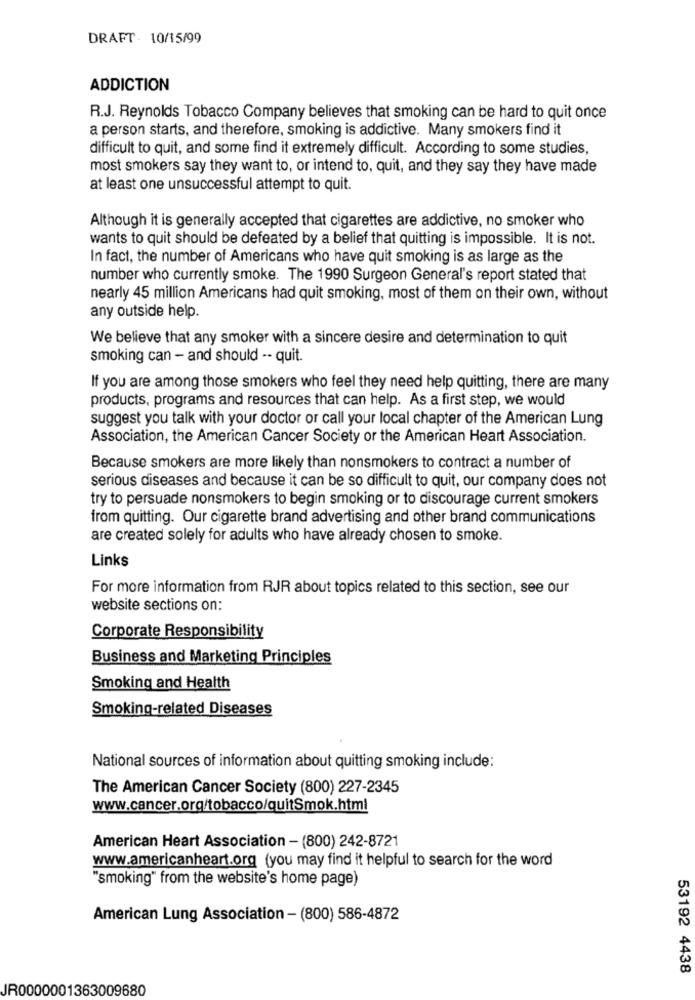
DRAFT- 10/15/99
ADDICTION
R.J. Reynolds Tobacco Company believes that smoking can be hard to quit once
a person starts, and therefore, smoking is addictive. Many smokers find it
difficult to quit, and some find it extremely difficult. According to some studies,
most smokers say they want to, or intend to, quit, and they say they have made
at least one unsuccessful attempt to quit.
Although it is generally accepted that cigarettes are addictive, no smoker who
wants to quit should be defeated by a belief that quitting is impossible. It is not.
In fact, the number of Americans who have quit smoking is as large as the
number who currently smoke. The 1990 Surgeon General's report stated that
nearly 45 million Americans had quit smoking, most of them on their own, without
any outside help.
We believe that any smoker with a sincere desire and determination to quit
smoking can - and should -- quit.
If you are among those smokers who feel they need help quitting, there are many
products, programs and resources that can help. As a first step, we would
suggest you talk with your doctor or call your local chapter of the American Lung
Association, the American Cancer Society or the American Heart Association.
Because smokers are more likely than nonsmokers to contract a number of
serious diseases and because it can be so difficult to quit, our company does not
try to persuade nonsmokers to begin smoking or to discourage current smokers
from quitting. Our cigarette brand advertising and other brand communications
are created solely for adults who have already chosen to smoke.
Links
For more information from RJR about topics related to this section, see our
website sections on:
Corporate Responsibility
Business and Marketing Principles
Smoking and Health
Smoking-related Diseases
National sources of information about quitting smoking include:
The American Cancer Society (800) 227-2345
www.cancer.org/tobacco/quitSmok.html
American Heart Association - (800) 242-8721
www.americanheart.org (you may find it helpful to search for the word
"smoking" from the website's home page)
American Lung Association - (800) 586-4872
53192 4438
JR0000001363009680